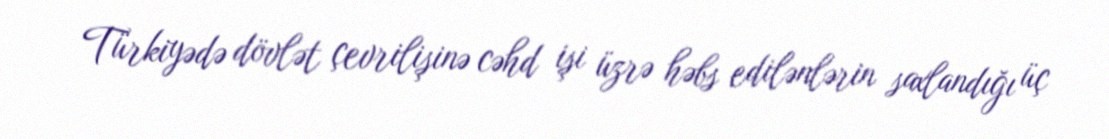
Türkiyədə dövlət çevrilişinə cəhd işi üzrə həbs edilənlərin saxlandığı üç